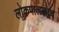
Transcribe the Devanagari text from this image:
लोकपाललाच